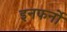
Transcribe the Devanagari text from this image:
इनफर्नो